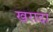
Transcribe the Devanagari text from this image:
खरादा